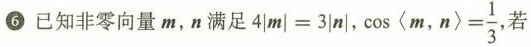
6 已知非零向量 m，n 满足$$4 | m | = 3 | n |$$，$$\cos < m , n > = \frac { 1 } { 3 }$$